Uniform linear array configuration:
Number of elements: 4
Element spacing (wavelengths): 1
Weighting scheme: kaiser
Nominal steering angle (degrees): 60
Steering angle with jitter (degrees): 60.987
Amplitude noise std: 0.05
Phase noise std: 0.05

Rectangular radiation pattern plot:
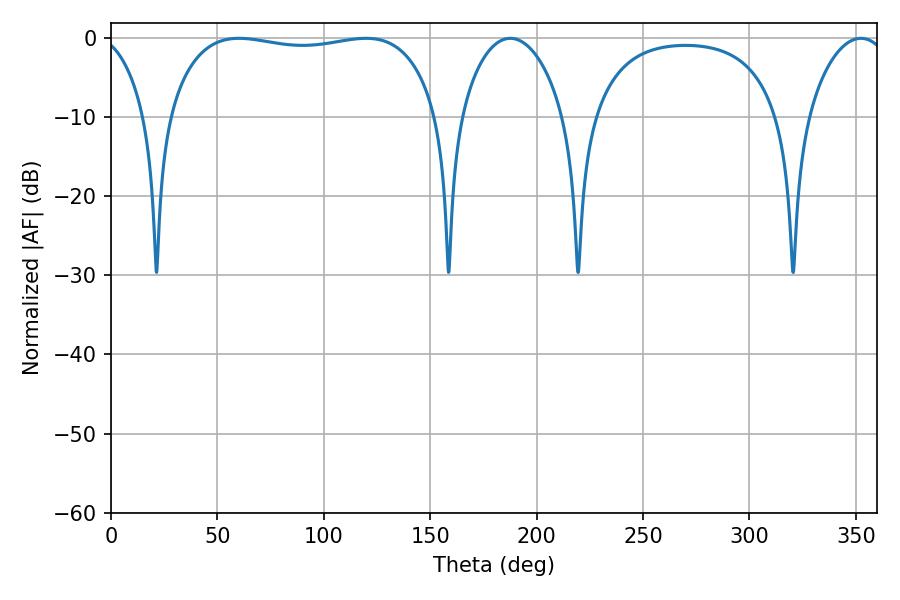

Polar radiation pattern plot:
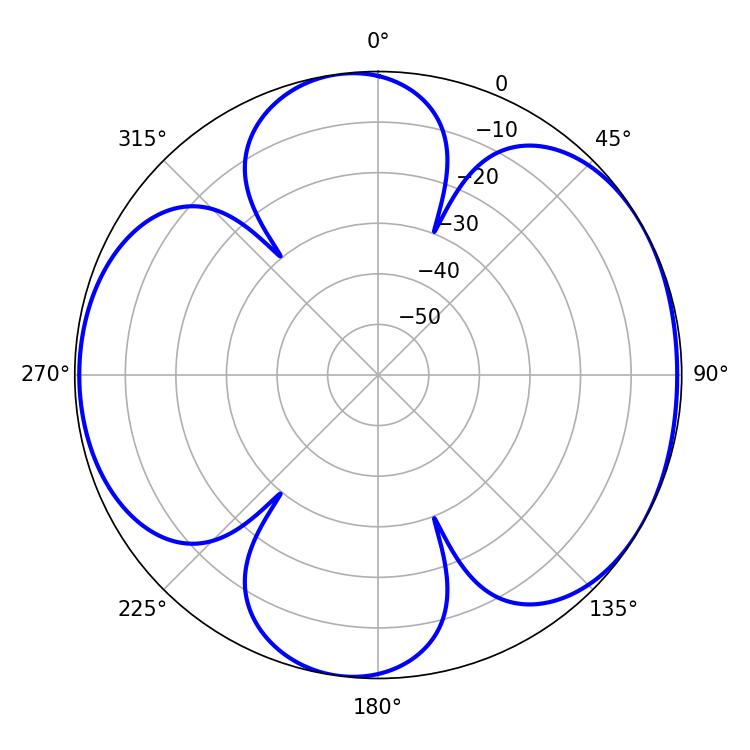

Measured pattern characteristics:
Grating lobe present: TRUE
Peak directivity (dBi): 5.885
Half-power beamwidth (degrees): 101.88
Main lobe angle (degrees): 60.12